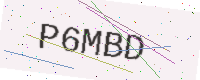
Text: P6MBD